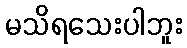
မသိရသေးပါဘူး